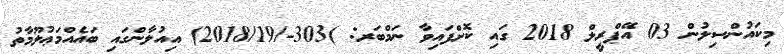
މިކައުންސިލުން 03 އޭޕްރީލް 2018 ގައި ކޮށްފައިވާ ނަމްބަރ: )303-/2018/19) އިއުލާންގައި ބައެއްމަޢުލޫމާތު